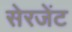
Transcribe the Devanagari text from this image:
सेरजेंट